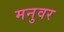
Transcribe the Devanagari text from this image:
मनुवर